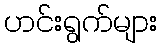
ဟင်းရွက်များ